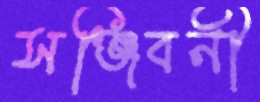
সঞ্জিবনী